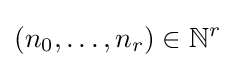
(n_{0},\dots ,n_{r})\in \mathbb {N} ^{r}